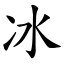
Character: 冰